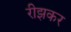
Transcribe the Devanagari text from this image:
रीझकर